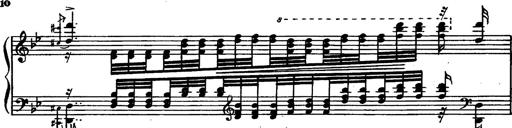
Title: Magyar rapszÃ³diÃ¡k
Composer: Franz Liszt